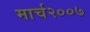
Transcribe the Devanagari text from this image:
मार्च२००७